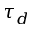
\tau _ { d }